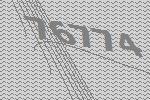
76774